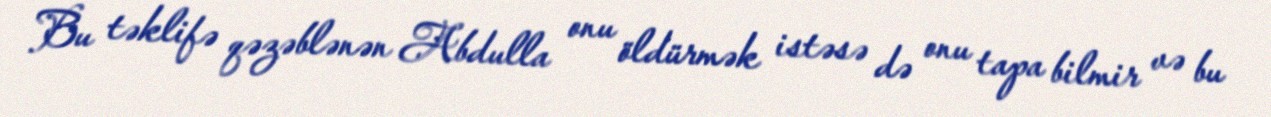
Bu təklifə qəzəblənən Abdulla onu öldürmək istəsə də onu tapa bilmir və bu